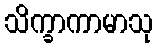
သိက္ခာကာမာသု